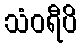
သံဝရီပိ